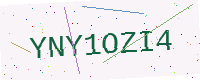
Text: YNY1OZI4